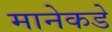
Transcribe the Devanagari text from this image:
मानेकडे